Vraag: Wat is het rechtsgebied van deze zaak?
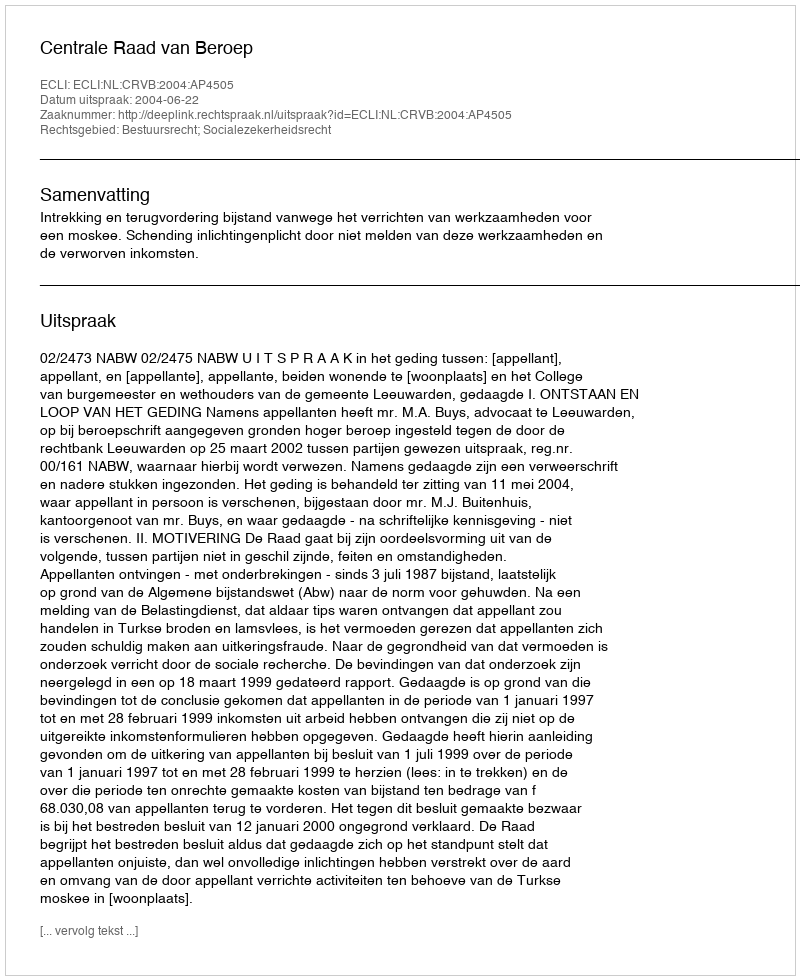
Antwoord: Bestuursrecht; Socialezekerheidsrecht